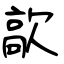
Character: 歊